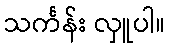
သင်္ကန်း လှူပါ။